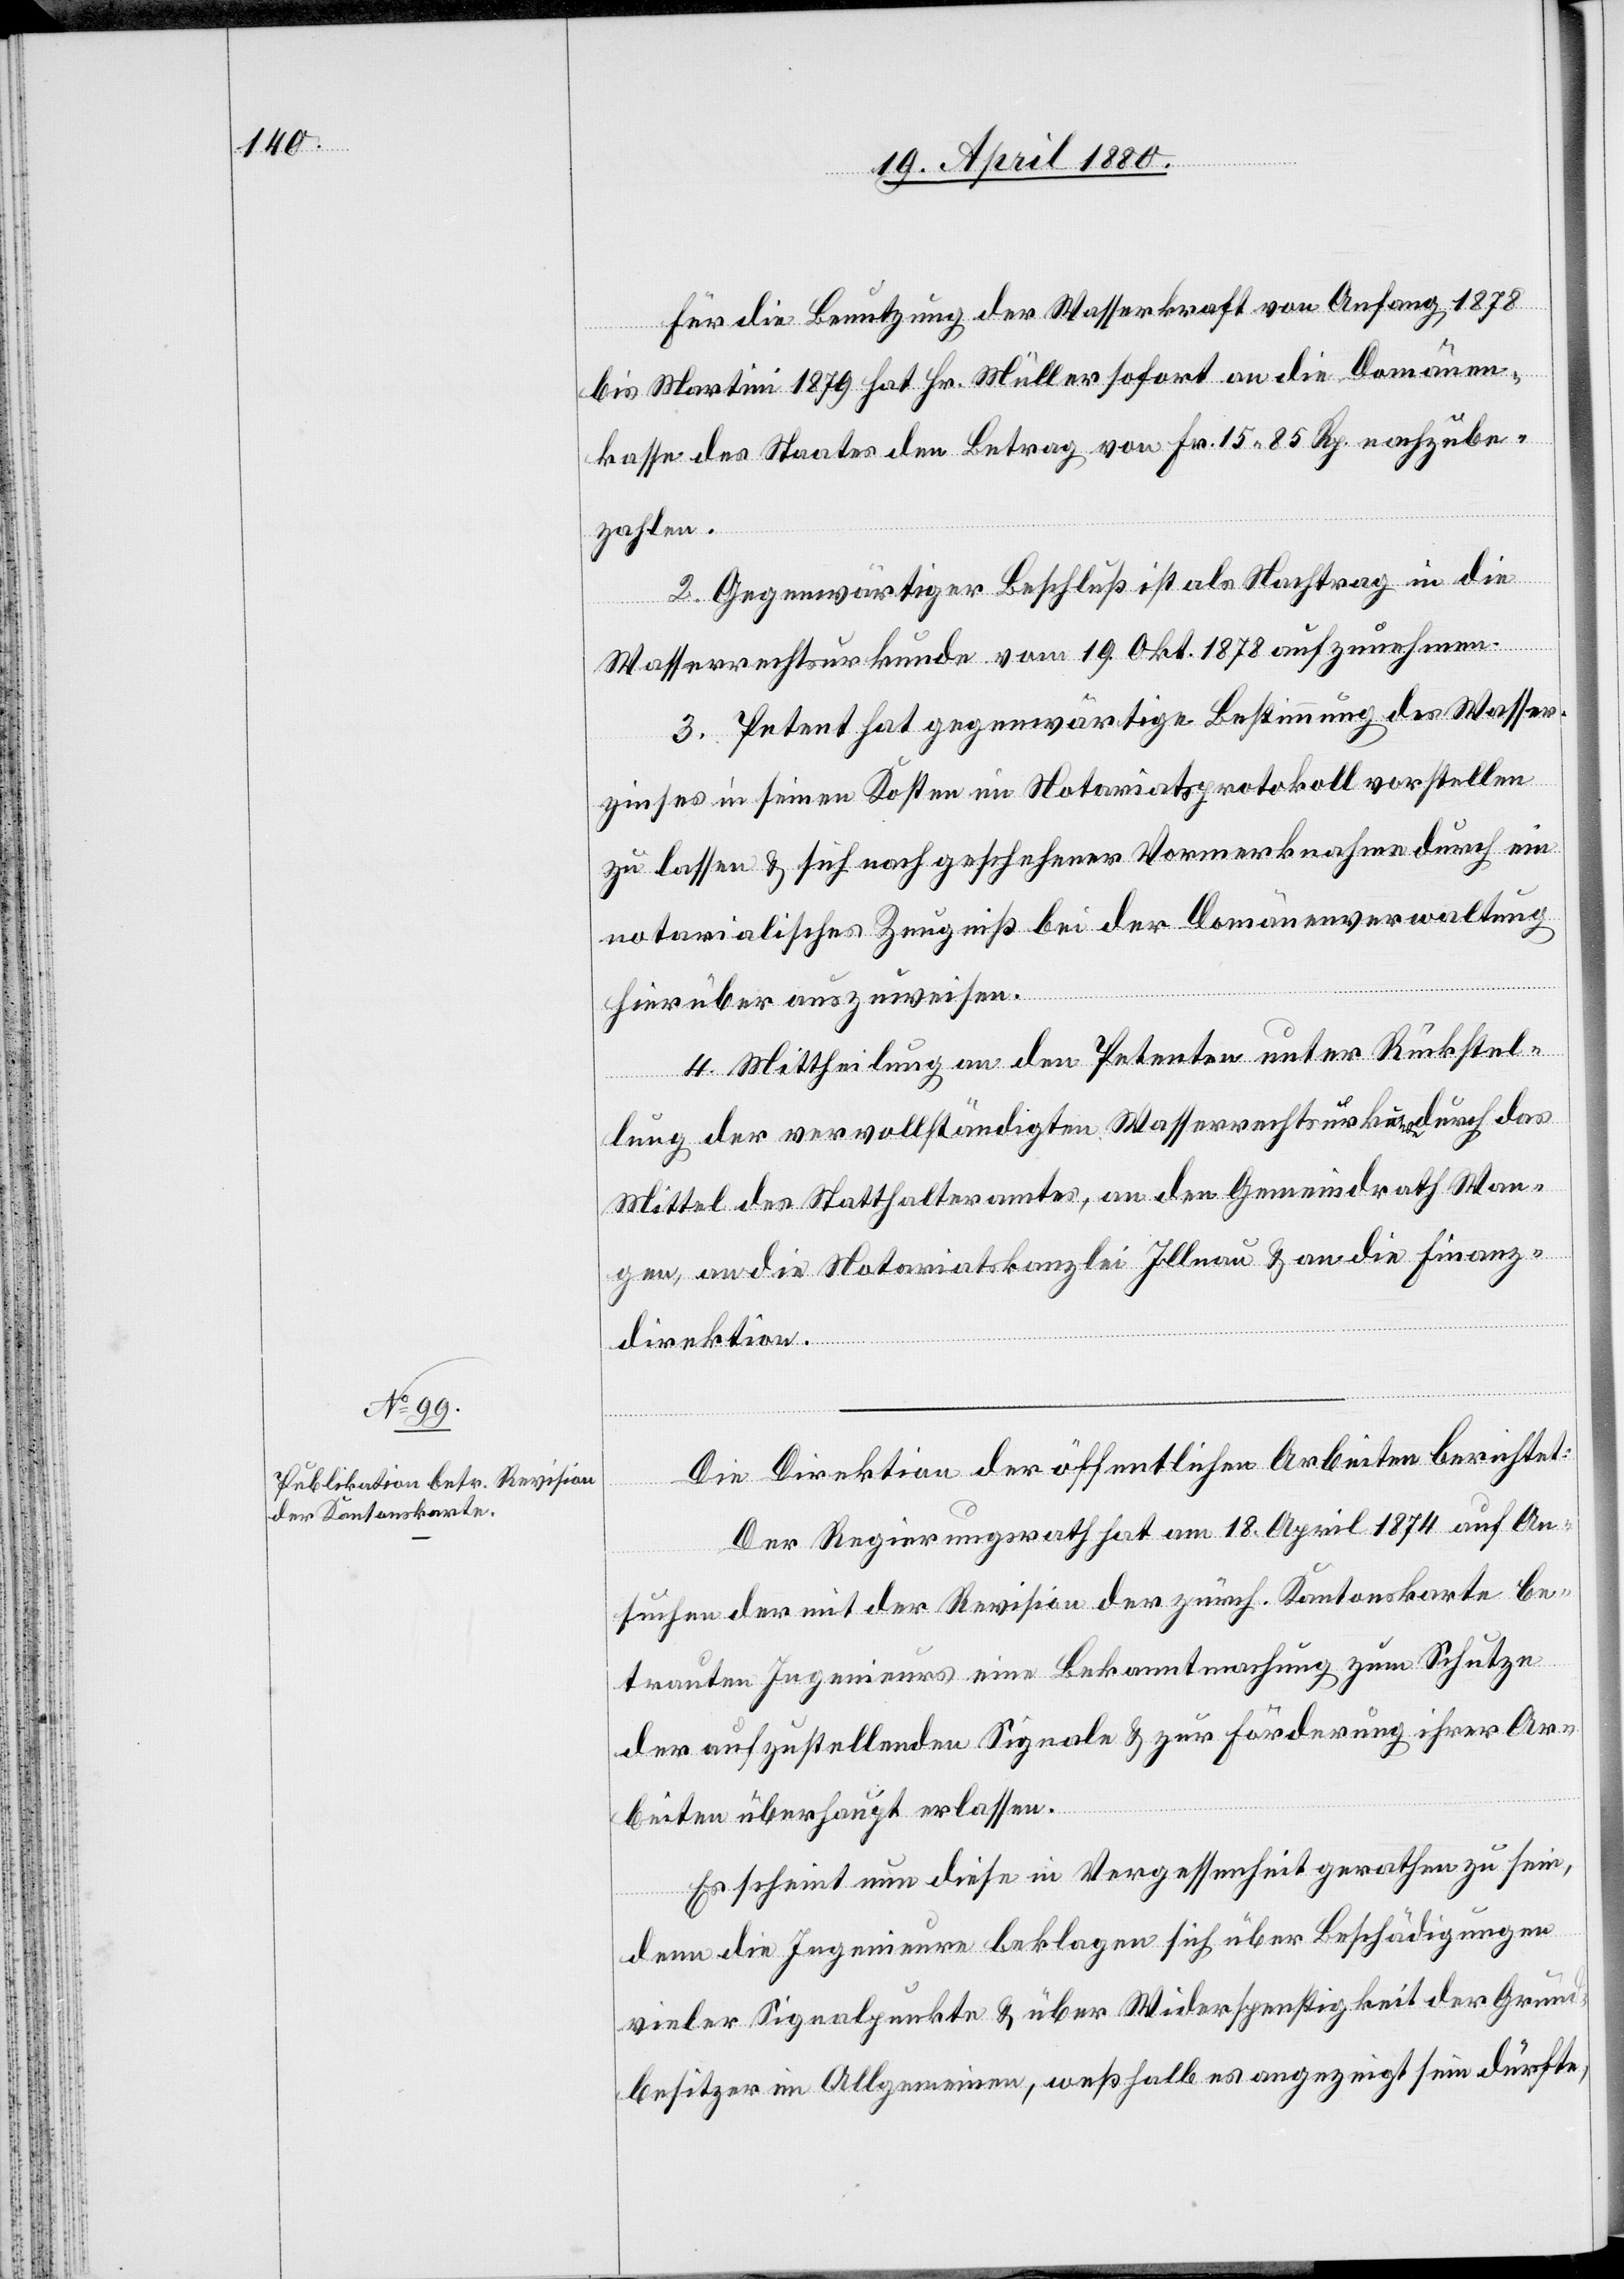
Für die Benutzung der Wasserkraft von Anfang 1878
bis Martini 1879 hat Hr. Müller sofort an die Domänen¬
kasse des Staates den Betrag von Fr. 15. 85 Rp. nachzube¬
zahlen.
2. Gegenwärtiger Beschluß ist als Nachtrag in die
Wasserrechtsurkunde vom 19. Okt. 1878 aufzunehmen.
3. Petent hat gegenwärtige Bestimmung des Wasser¬
zinses in seinen Kosten im Notariatsprotokoll vorstellen
zu lassen & sich nach geschehener Vormerknahme durch ein
notarialisches Zeugniß bei der Domänenverwaltung
hierüber auszuweisen.
4. Mittheilung an den Petenten unter Rückstel¬
lung der vervollständigten Wasserrechtsurkunde durch das
Mittel des Statthalteramtes, an den Gemeindrath Wan¬
gen, an die Notariatskanzlei Illnau & an die Finanz¬
direktion.
Die Direktion der öffentlichen Arbeiten berichtet:
Der Regierungsrath hat am 18. April 1874 auf An¬
suchen der mit der Revision der zürch. Kantonskarte be¬
trauten Ingenieurs eine Bekanntmachung zum Schutze
der aufzustellenden Signale & zur Förderung ihrer Ar¬
beiten überhaupt erlassen.
Es scheint nun diese in Vergessenheit gerathen zu sein,
denn die Ingenieure beklagen sich über Beschädigungen
vieler Signalpunkte & über Widerspenstigkeit der Grund¬
besitzer im Allgemeinen, weßhalb es angezeigt sein dürfte,